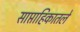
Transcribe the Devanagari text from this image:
साप्ताहिकातले